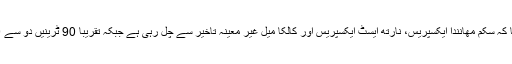
شمالی ریلوے کے ترجمان نے بتایا کہ سکم مهانندا ایکسپریس، نارتھ ایسٹ ایکسپریس اور کالکا میل غیر معینہ تاخیر سے چل رہی ہے جبکہ تقریبا 90 ٹرینیں دو سے 10 گھنٹے تاخیر سے چل رہی ہیں۔